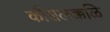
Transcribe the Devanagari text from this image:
कौशलक्कळि